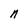
Character: n